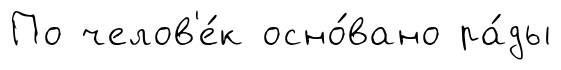
По челов'е́к осно́вано ра́ды